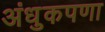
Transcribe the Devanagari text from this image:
अंधुकपणा